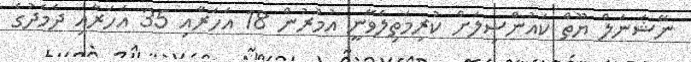
ނޭޝަނަލް ޔޫތް ކައުންސިލަށް ކުރިމަތިލެވޭނީ އުމުރުން 18 އަހަރާއި 35 އަހަރާއި ދެމެދުގެ